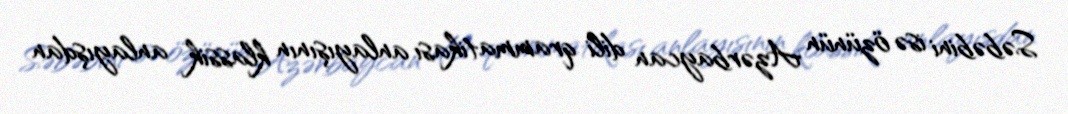
Səbəbini isə özünün Azərbaycan dili qrammatikası anlayışının klassik anlayışdan